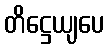
တိဋ္ဌေယျပေ